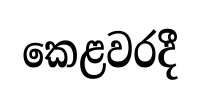
කෙළවරදී